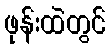
ဖုန်းထဲတွင်